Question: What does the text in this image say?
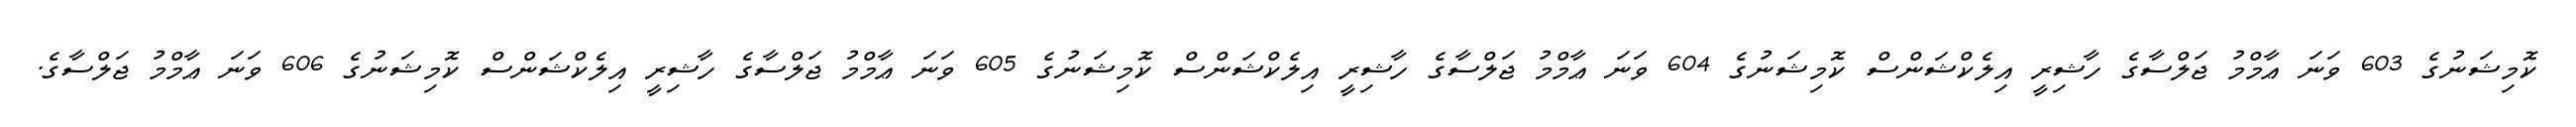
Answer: ކޮމިޝަނުގެ 603 ވަނަ ޢާމްމު ޖަލްސާގެ ހާޝިރީ އިލެކްޝަންސް ކޮމިޝަނުގެ 604 ވަނަ ޢާމްމު ޖަލްސާގެ ހާޝިރީ އިލެކްޝަންސް ކޮމިޝަނުގެ 605 ވަނަ ޢާމްމު ޖަލްސާގެ ހާޝިރީ އިލެކްޝަންސް ކޮމިޝަނުގެ 606 ވަނަ ޢާމްމު ޖަލްސާގެ.